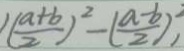
( \frac { a + b } { 2 } ) ^ { 2 } - ( \frac { a - b } { 2 } ) ^ { 2 }